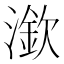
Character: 𣾠